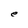
Character: e